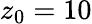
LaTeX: z_{0}=10